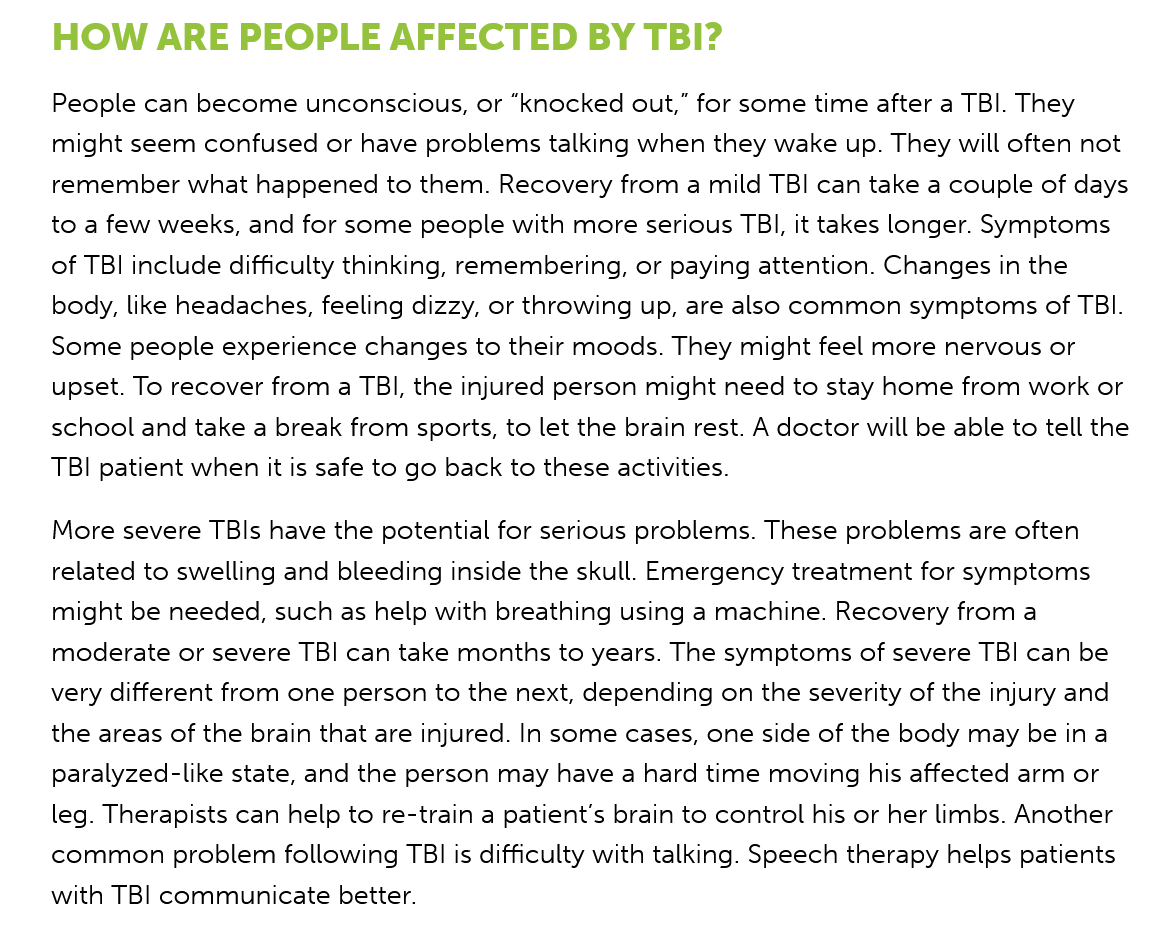
HOW    ARE PEOPLE    AFFECTED    BY  TBI?
    People can become  unconscious, or “knocked out,” for some time after a TBI. They
    might seem confused or have problems talking when they wake up. They will often not
    remember  what happened to them. Recovery from a mild TBI can take a couple of days
    to a few weeks, and for some people with more serious TBI, it takes longer. Symptoms
    of TBI include difficulty thinking, remembering, or paying attention. Changes in the
    body, like headaches, feeling dizzy, or throwing up, are also common symptoms of TBI.
    Some  people experience changes to their moods. They might feel more nervous or
    upset. To recover from a TBI, the injured person might need to stay home from work or
    school and take a break from sports, to let the brain rest. A doctor will be able to tell the
    TBI patient when it is safe to go back to these activities.
    More severe TBls have the potential for serious problems. These problems are often
    related to swelling and bleeding inside the skull. Emergency treatment for symptoms
    might be needed, such as help with breathing using a machine. Recovery from a
    moderate or severe TBI can take months to years. The symptoms of severe TBI can be
    very different from one person to the next, depending on the severity of the injury and
    the areas of the brain that are injured. In some cases, one side of the body may be ina
    paralyzed-like state, and the person may have a hard time moving his affected arm or
    leg. Therapists can help to re-train a patient's brain to control his or her limbs. Another
    common problem   following TBI is difficulty with talking. Speech therapy helps patients
    with TBI communicate better.